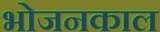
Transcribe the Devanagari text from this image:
भोजनकाल